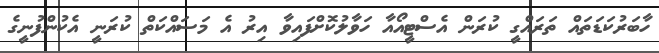
ހާބަރުކަޑަތައް ތަރައްގީ ކުރަން އެސްޓީއޯއާ ހަވާލުކޮށްފައިވާ އިރު އެ މަސައްކަތް ކުރަނީ އެކުންފުނީގެ